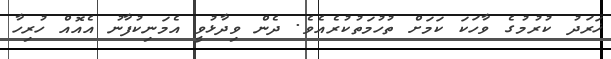
ޚަރަދު ކުރުމުގެ ވާހަކަ ކަމަށް ތުހުމަތުކުރެއެވެ. ދެން ވިދާޅުވީ އެމަނިކުފާނު އެއޮއް ހުރިހާ